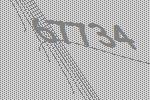
67734